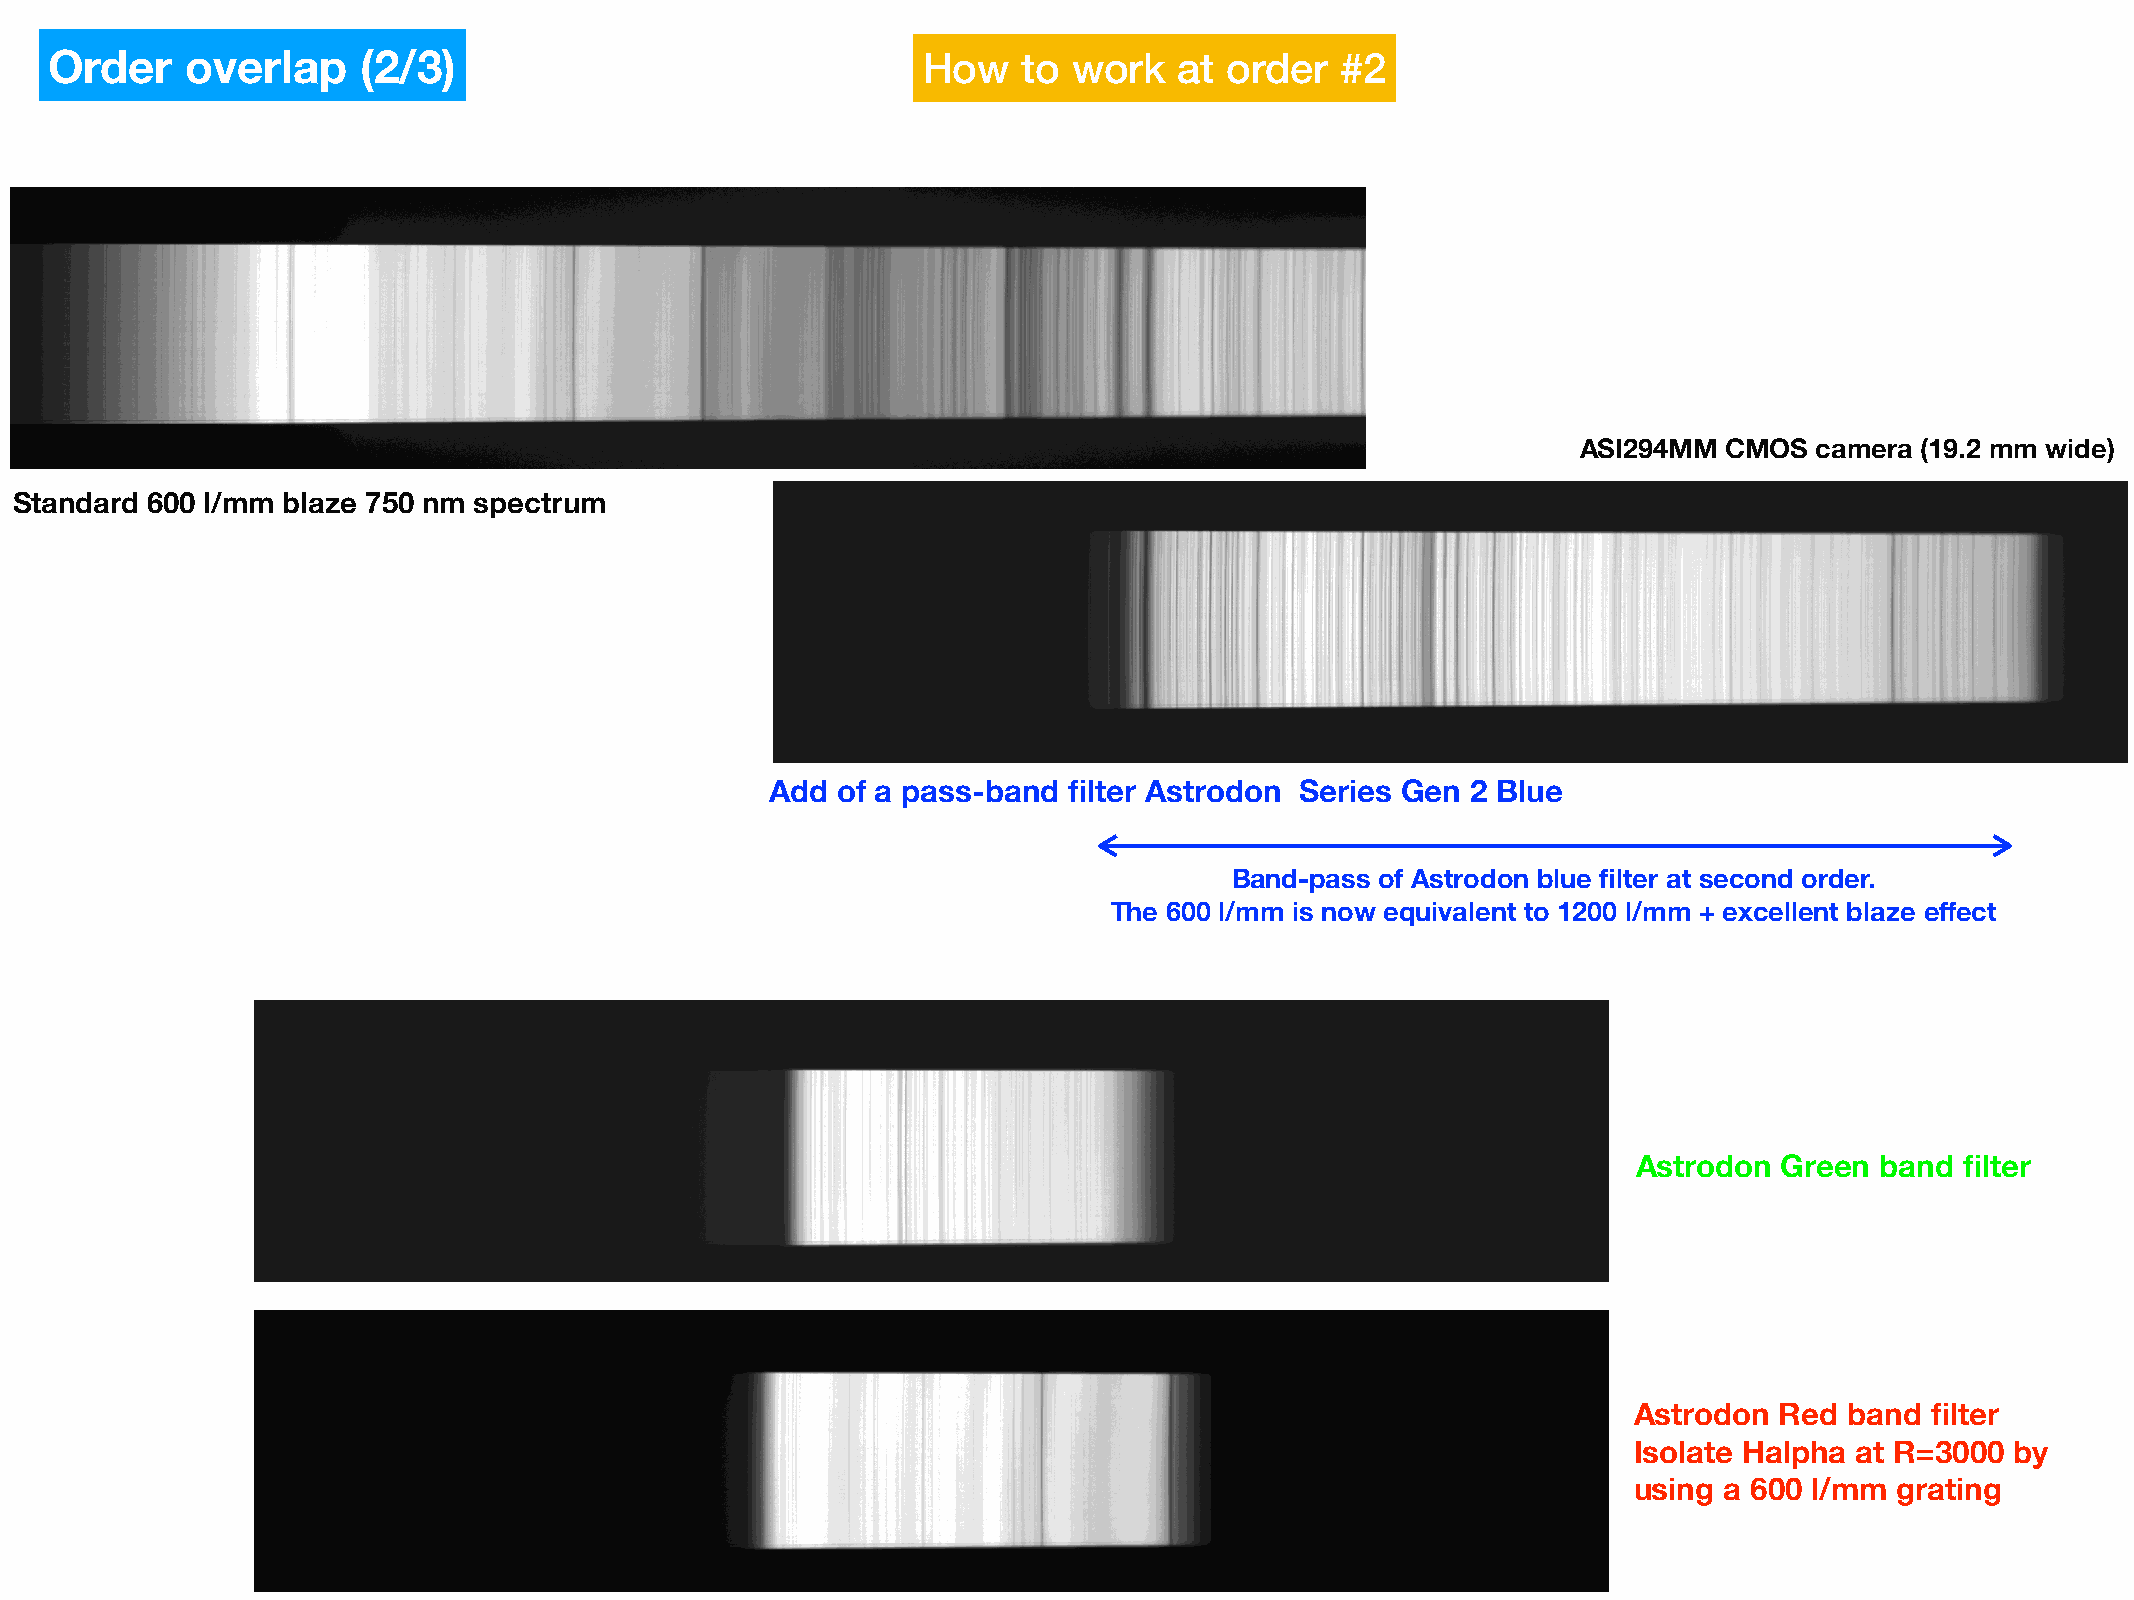
Order    overlap     (2/3)                                How    to work   at order   #2
 ASI294MM CMOS  camera (19.2 mm wide)
 Standard 600 l/mm blaze 750 nm spectrum
 Add of a pass-band  filter Astrodon Series Gen 2 Blue
 Band-pass of Astrodon blue filter at second order.
 The 600 l/mm is now equivalent to 1200 l/mm + excellent blaze effect
 Astrodon  Green band  filter
 Astrodon  Red band  filter
 Isolate Halpha at R=3000 by
 using a 600 l/mm grating